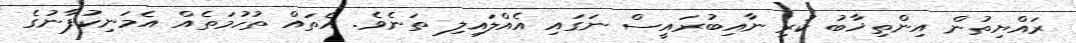
ރައްޔިތުން އިންތިޚާބު ކުރި ނާއިބުރައީސް ނަގައި އެއްލައިލި ތަނެވެ. އެތައް ތުހުމަތެއް އެމަނިކުފާނުގެ